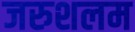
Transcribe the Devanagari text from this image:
जरुशलम